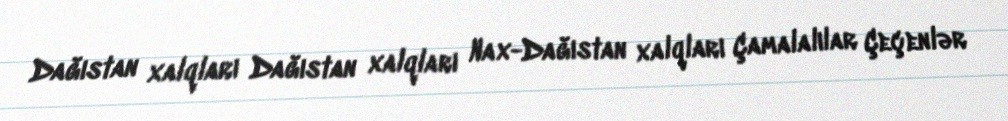
Dağıstan xalqları Dağıstan xalqları Nax-Dağıstan xalqları Çamalalılar Çeçenlər